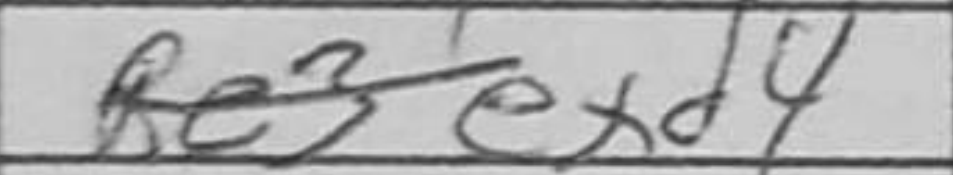
Transcription: exd4